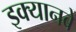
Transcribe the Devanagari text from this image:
इक्यानबे